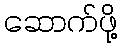
ဆောက်ဖို့